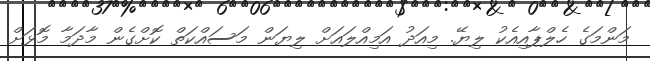
މަންމަގެ ހެލްޕާއިއެކު ލިޔޭ. މިއަދު އަމިއްލައަށް ލިޔަން މަސައްކަތް ކޮށްގެން މާދަމާ މޮޅަށް